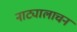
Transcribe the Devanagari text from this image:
नाट्यालाचन